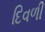
દિવળી